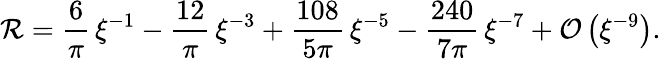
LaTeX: \mathcal{R}=\frac{6}{\pi}\, \xi^{-1}-\frac{12}{\pi}\, \xi^{-3}+\frac{108}{5\pi}\, \xi^{-5}-\frac{240}{7\pi}\, \xi^{-7}+\mathcal{O}\left(\xi^{-9}\right).